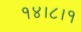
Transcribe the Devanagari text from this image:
१४।८।१